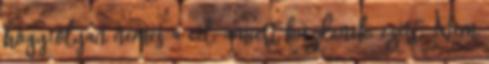
hogy olyan nemes a cél, amiért küzdenek, ezért. Nem